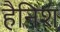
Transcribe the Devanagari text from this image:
हैनिश